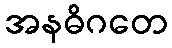
အနဓိဂတေ